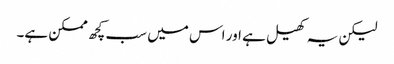
لیکن یہ کھیل ہے اور اس میں سب کچھ ممکن ہے۔